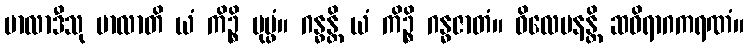
မာလာဒီသု မာလာတိ ယံ ကိဉ္စိ ပုပ္ဖံ။ ဂန္ဓန္တိ ယံ ကိဉ္စိ ဂန္ဓဇာတံ။ ဝိလေပနန္တိ ဆဝိရာဂကရဏံ။